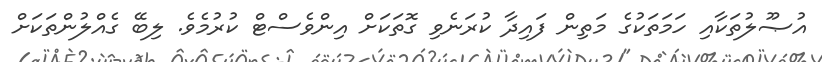
އުޞޫލުތަކާއި ހަމަތަކުގެ މަތިން ފައިދާ ކުރަނެވި ގޮތަކަށް އިންވެސްޓް ކުރުމެވެ. ލިބޭ ގެއްލުންތަކަށް